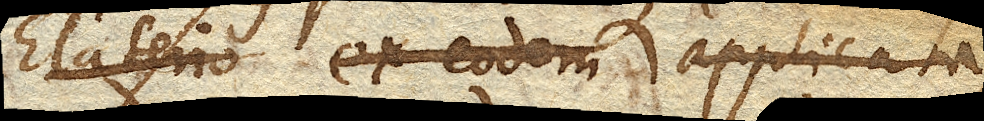
Elterio ex eodem applicata